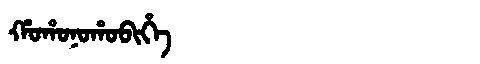
Manchu: ᡥᠣᡥᠣᠨᠣᡥᠣᠪᡳᡥᡝ
Romanization: HOHONOHOBIHE